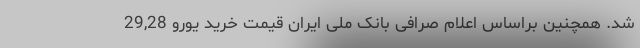
شد. همچنین براساس اعلام صرافی بانک ملی ایران قیمت خرید یورو 29,28